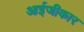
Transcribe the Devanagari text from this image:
आईजीकार